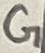
Text: G